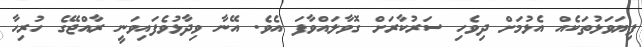
ފިޔަވަޅުތަކެއް އެޅުމަށް ދިވެހި ސަރުކާރަށް ގޮވާލައްވާފަ އެވެ. އޭނާ ވިދާޅުވެފައިވަނީ ރާއްޖޭގެ ހުރިހާ